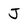
Character: J